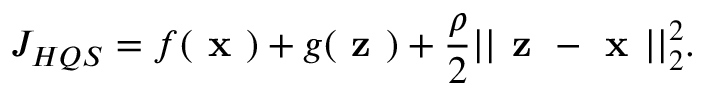
J _ { H Q S } = f ( \textbf { x } ) + g ( \textbf { z } ) + \frac { \rho } { 2 } | | \textbf { z } - \textbf { x } | | _ { 2 } ^ { 2 } .